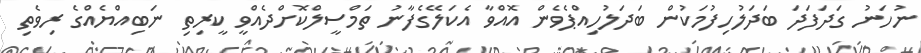
ނުހަނު ގަދަފަދަ ބަދަލުހިފުމަކުން ބަދަލުހިއްޕެވެން އޮއްވާ އެކަލޭގެފާނު ތަމްސީލްކޮށްދެއްވީ ކީރިތި ނަބިއްޔެއްގެ ރިވެތި